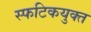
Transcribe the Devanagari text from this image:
स्फटिकयुक्त